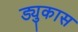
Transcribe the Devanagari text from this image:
ड्युकास